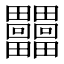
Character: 𤴐